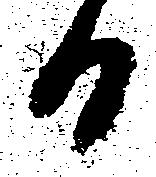
日